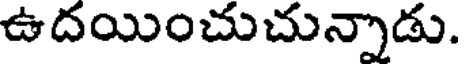
ఉదయించుచున్నాడు.